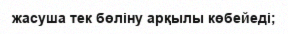
жасуша тек бөліну арқылы көбейеді;